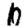
Digit: 6